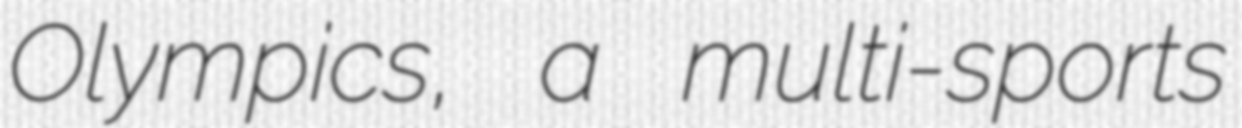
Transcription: Olympics, a multi-sports